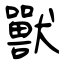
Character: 獸